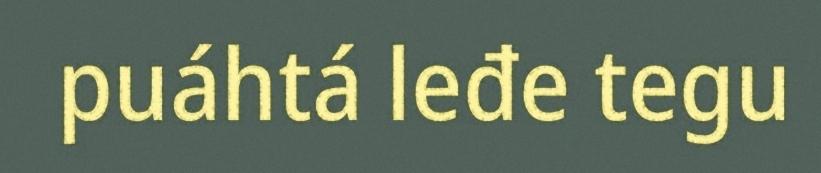
puáhtá leđe tegu